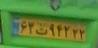
۶۳ت۹۴۲۲۲